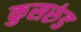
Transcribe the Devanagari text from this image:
कुसरुंड